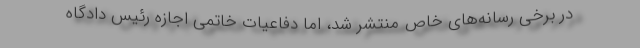
در برخی رسانه‌های خاص منتشر شد، اما دفاعیات خاتمی اجازه رئیس دادگاه